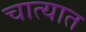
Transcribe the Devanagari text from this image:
चात्यात